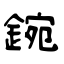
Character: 鋺